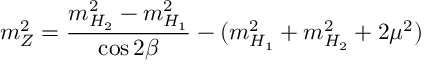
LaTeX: m _ { Z } ^ { 2 } = \frac { m _ { H _ { 2 } } ^ { 2 } - m _ { H _ { 1 } } ^ { 2 } } { \cos 2 \beta } - ( m _ { H _ { 1 } } ^ { 2 } + m _ { H _ { 2 } } ^ { 2 } + 2 \mu ^ { 2 } )